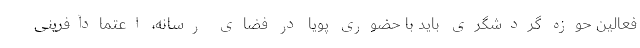
فعالین حوزه گردشگری باید با حضوری پویا در فضای رسانه، اعتمادآفرینی